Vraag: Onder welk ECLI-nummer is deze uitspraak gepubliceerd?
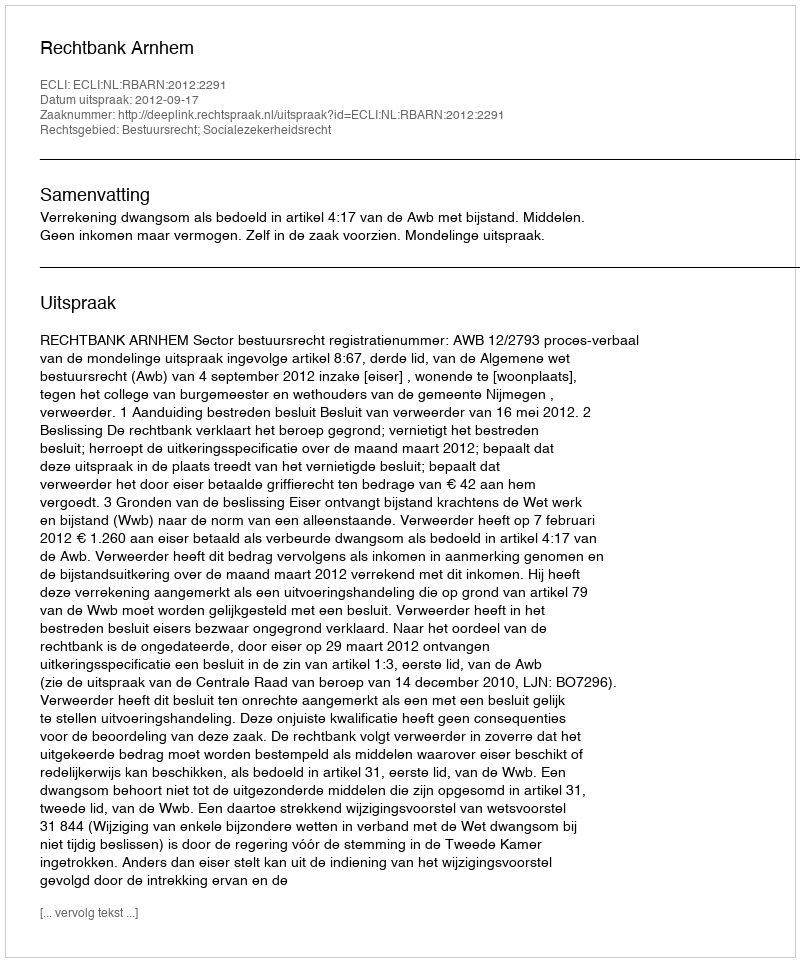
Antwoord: ECLI:NL:RBARN:2012:2291